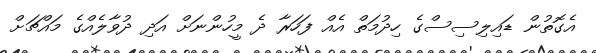
އެގޮތުން ޑައިލިސިސްގެ ހިދުމަތް އެއް ފަހަރާ ދެ މީހުންނަށް އަދި ދުވާލެއްގެ މައްޗަށް